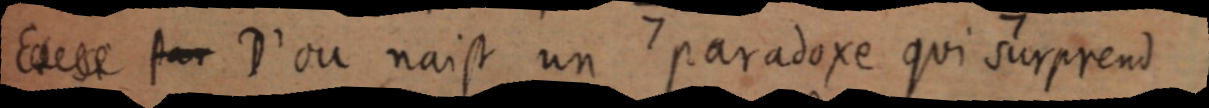
[Et par] D’ou naist un paradoxe qui surprend